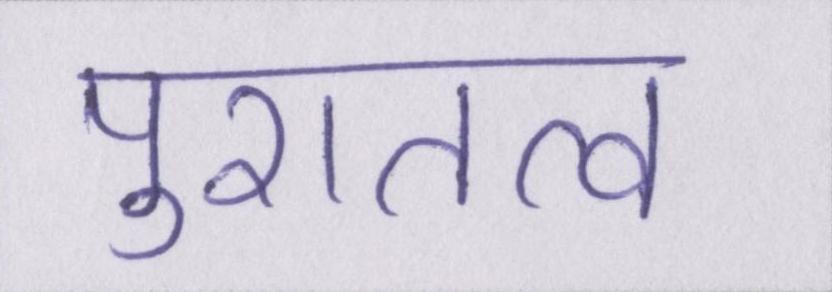
पुरातत्व